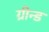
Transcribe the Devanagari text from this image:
ग्रीन्ड